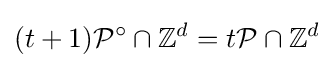
(t+1){\mathcal {P}}^{\circ }\cap \mathbb {Z} ^{d}=t{\mathcal {P}}\cap \mathbb {Z} ^{d}